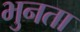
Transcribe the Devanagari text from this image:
भुनता